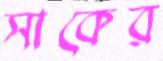
সাকের